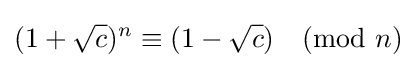
(1+{\sqrt {c}})^{n}\equiv (1-{\sqrt {c}}){\pmod {n}}